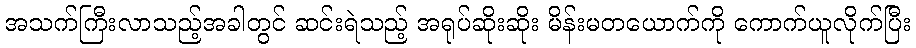
အသက်ကြီးလာသည့်အခါတွင် ဆင်းရဲသည့် အရုပ်ဆိုးဆိုး မိန်းမတယောက်ကို ကောက်ယူလိုက်ပြီး